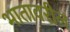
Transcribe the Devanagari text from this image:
भातावरील